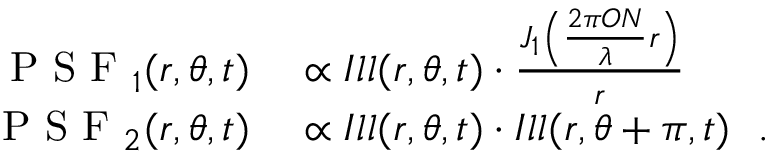
\begin{array} { r l } { \textrm { P S F } _ { 1 } ( r , \theta , t ) } & { { } \propto I l l ( r , \theta , t ) \cdot \frac { J _ { 1 } \left( \frac { 2 \pi O N } { \lambda } r \right) } { r } } \\ { \textrm { P S F } _ { 2 } ( r , \theta , t ) } & { { } \propto I l l ( r , \theta , t ) \cdot I l l ( r , \theta + \pi , t ) \ \ . } \end{array}